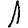
Digit: 1